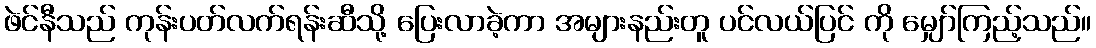
ဖဲင်နီသည် ကုန်းပတ်လက်ရန်းဆီသို့ ပြေးလာခဲ့ကာ အများနည်းတူ ပင်လယ်ပြင် ကို မျှော်ကြည့်သည်။